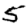
Digit: 5